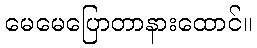
မေမေပြောတာနားထောင်။